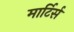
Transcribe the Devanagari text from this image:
मार्टिर्स